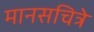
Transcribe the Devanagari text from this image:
मानसचित्रे